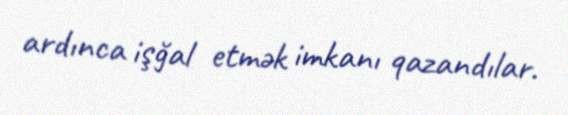
ardınca işğal etmək imkanı qazandılar.